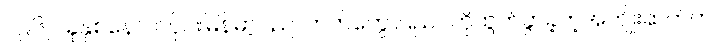
၁၉၆၂ ခုနှစ်နောက်ပိုင်းမြန်မာ့ပညာတတ်တွေ ပြည်ပကိုထွက်ခွာခဲ့တဲ့အကျိုးဆက်က